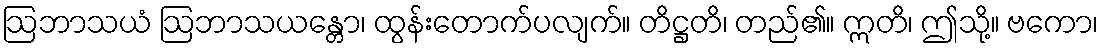
ဩဘာသယံ ဩဘာသယန္တော၊ ထွန်းတောက်ပလျက်။ တိဋ္ဌတိ၊ တည်၏။ ဣတိ၊ ဤသို့။ ဗကော၊